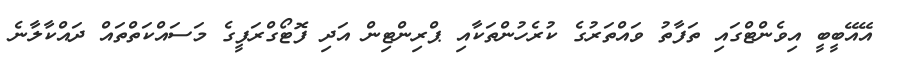
އޭއޭބީބީ އިވެންޓްގައި ތަފާތު ވައްތަރުގެ ކުރެހުންތަކާއި ޕްރިންޓިން އަދި ފޮޓޯގްރަފީގެ މަސައްކަތްތައް ދައްކާލާނެ